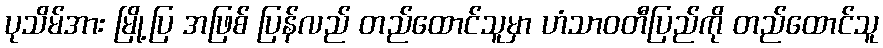
ပုသိမ်အား မြို့ပြ အဖြစ် ပြန်လည် တည်ထောင်သူမှာ ဟံသာဝတီပြည်ကို တည်ထောင်သူ